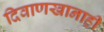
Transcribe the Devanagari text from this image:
दिवाणखानाही